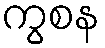
ကွစန